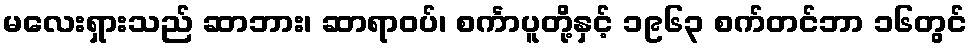
မလေးရှားသည် ဆာဘား၊ ဆာရာဝပ်၊ စင်္ကာပူတို့နှင့် ၁၉၆၃ စက်တင်ဘာ ၁၆တွင်